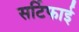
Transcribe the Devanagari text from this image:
सर्टिफाई